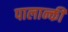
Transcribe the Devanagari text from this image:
पालान्की